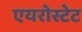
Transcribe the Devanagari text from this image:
एयरोस्टेट